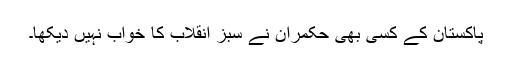
پاکستان کے کسی بھی حکمران نے سبز انقلاب کا خواب نہیں دیکھا۔